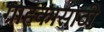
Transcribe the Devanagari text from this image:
ग्राहकासाठी